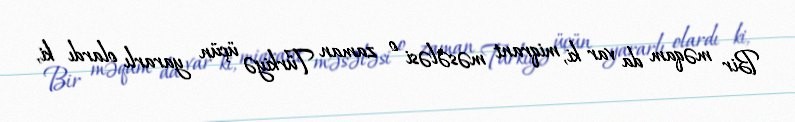
Bir məqam da var ki, miqrant məsələsi o zaman Türkiyə üçün yararlı olardı ki,